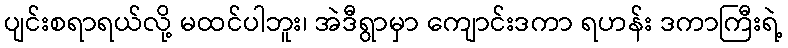
ပျင်းစရာရယ်လို့ မထင်ပါဘူး၊ အဲဒီရွာမှာ ကျောင်းဒကာ ရဟန်း ဒကာကြီးရဲ့